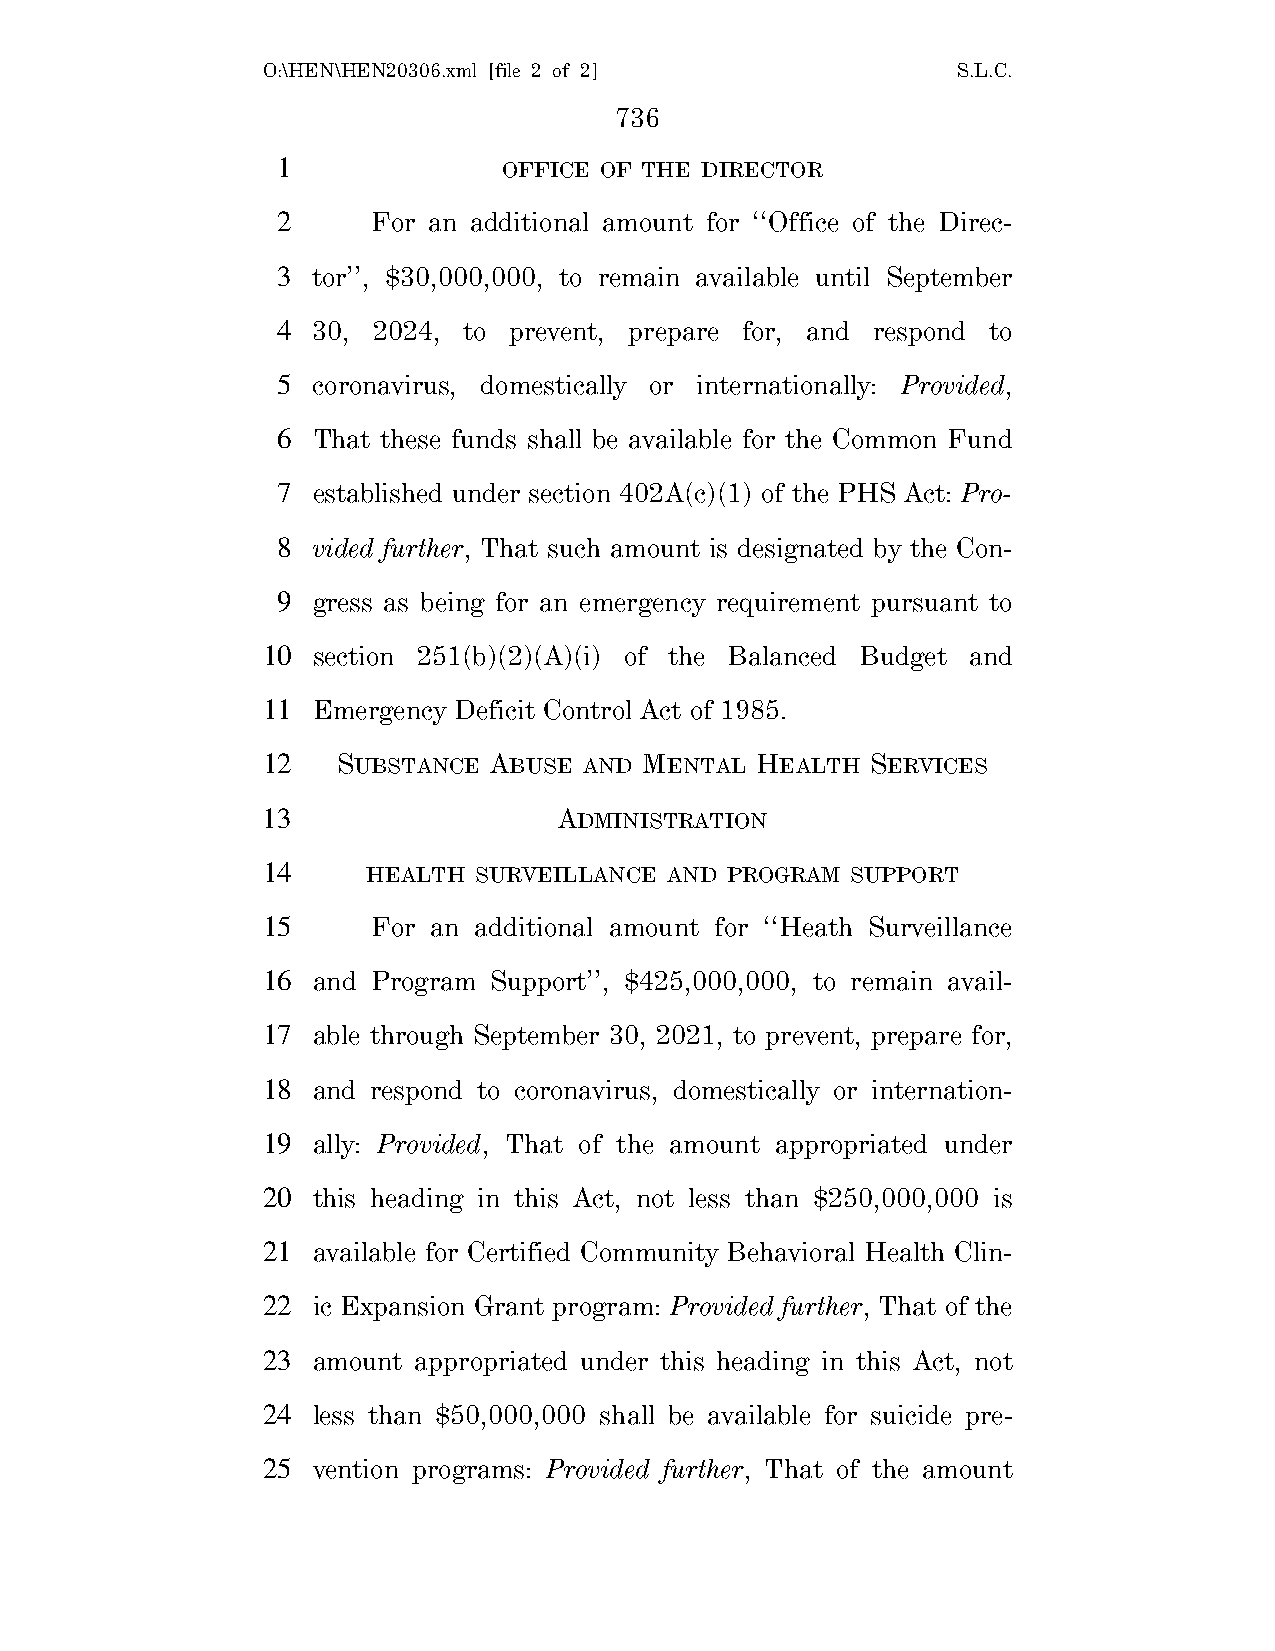
O:\HEN\HEN20306.xml [file 2 of 2]             S.L.C.
 736
 1              OFFICE OF THE DIRECTOR
 2      For an additional amount for ‘‘Office of the Direc-
 3  tor’’, $30,000,000, to remain available until September
 4  30, 2024, to prevent, prepare for, and respond to
 5  coronavirus, domestically or internationally: Provided,
 6  That these funds shall be available for the Common Fund
 7  established under section 402A(c)(1) of the PHS Act: Pro-
 8  vided further, That such amount is designated by the Con-
 9  gress as being for an emergency requirement pursuant to
 10  section 251(b)(2)(A)(i) of the Balanced Budget and
 11  Emergency Deficit Control Act of 1985.
 12   SUBSTANCE ABUSE  AND MENTAL HEALTH  SERVICES
 13                  ADMINISTRATION
 14     HEALTH SURVEILLANCE AND PROGRAM SUPPORT
 15      For an additional amount for ‘‘Heath Surveillance
 16  and Program Support’’, $425,000,000, to remain avail-
 17  able through September 30, 2021, to prevent, prepare for,
 18  and respond to coronavirus, domestically or internation-
 19  ally: Provided, That of the amount appropriated under
 20  this heading in this Act, not less than $250,000,000 is
 21  available for Certified Community Behavioral Health Clin-
 22  ic Expansion Grant program: Provided further, That of the
 23  amount appropriated under this heading in this Act, not
 24  less than $50,000,000 shall be available for suicide pre-
 25  vention programs: Provided further, That of the amount